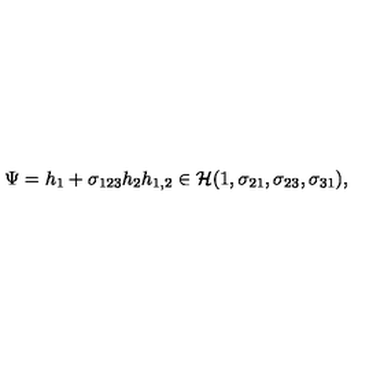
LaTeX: \Psi = h _ { 1 } + \sigma _ { 1 2 3 } h _ { 2 } h _ { 1 , 2 } \in { \cal H } ( 1 , \sigma _ { 2 1 } , \sigma _ { 2 3 } , \sigma _ { 3 1 } ) ,